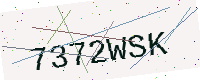
Text: 7372WSK